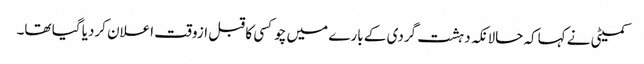
کمیٹی نے کہاکہ حالانکہ دہشت گردی کے بارے میں چوکسی کا قبل ازوقت اعلان کردیا گیا تھا۔